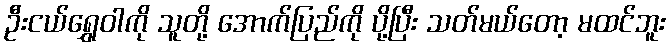
ဦးငယ်ရွှေဝါကို သူတို့ အောက်ပြည်ကို ပို့ပြီး သတ်မယ်တော့ မထင်ဘူး